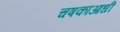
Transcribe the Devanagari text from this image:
चषकाआधी